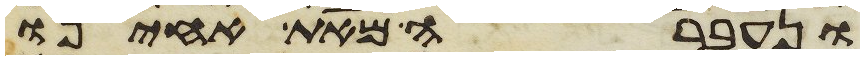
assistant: ונעברה מאת אחינו